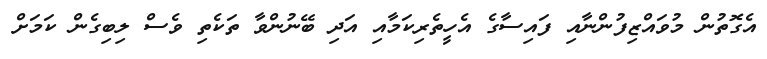
އެގޮތުން މުވައްޒިފުންނާއި ފައިސާގެ އެހީތެރިކަމާއި އަދި ބޭނުންވާ ތަކެތި ވެސް ލިބިގެން ކަމަށް